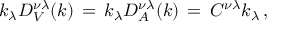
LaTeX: k _ { \lambda } D _ { V } ^ { \nu \lambda } ( k ) \, = \, k _ { \lambda } D _ { A } ^ { \nu \lambda } ( k ) \, = \, C ^ { \nu \lambda } k _ { \lambda } \, ,